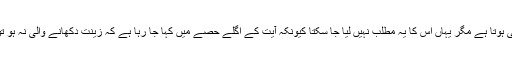
آیت میں یَضَعْنَ ثِیَابَہُنَّ آیا ہے، جس کا مطلب ’’اپنے کپڑے اتار دیں‘‘ بھی ہوتا ہے مگر یہاں اس کا یہ مطلب نہیں لیا جا سکتا کیونکہ آیت کے اگلے حصے میں کہا جا رہا ہے کہ زینت دکھانے والی نہ ہو تو اس سے مراد پردے کے لیے استعمال ہونے والی چادر یا کپڑے ہو گا۔